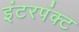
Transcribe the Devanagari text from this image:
इंटरपंक्ट